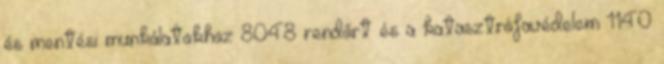
és mentési munkálatokhoz 8048 rendőrt és a katasztrófavédelem 1140